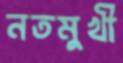
নতমুখী